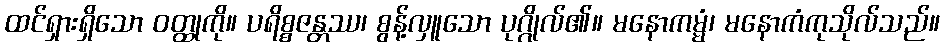
ထင်ရှားရှိသော ဝတ္ထုကို။ ပရိစ္စဇန္တဿ၊ စွန့်လှူသော ပုဂ္ဂိုလ်၏။ မနောကမ္မံ၊ မနောကံကုသိုလ်သည်။